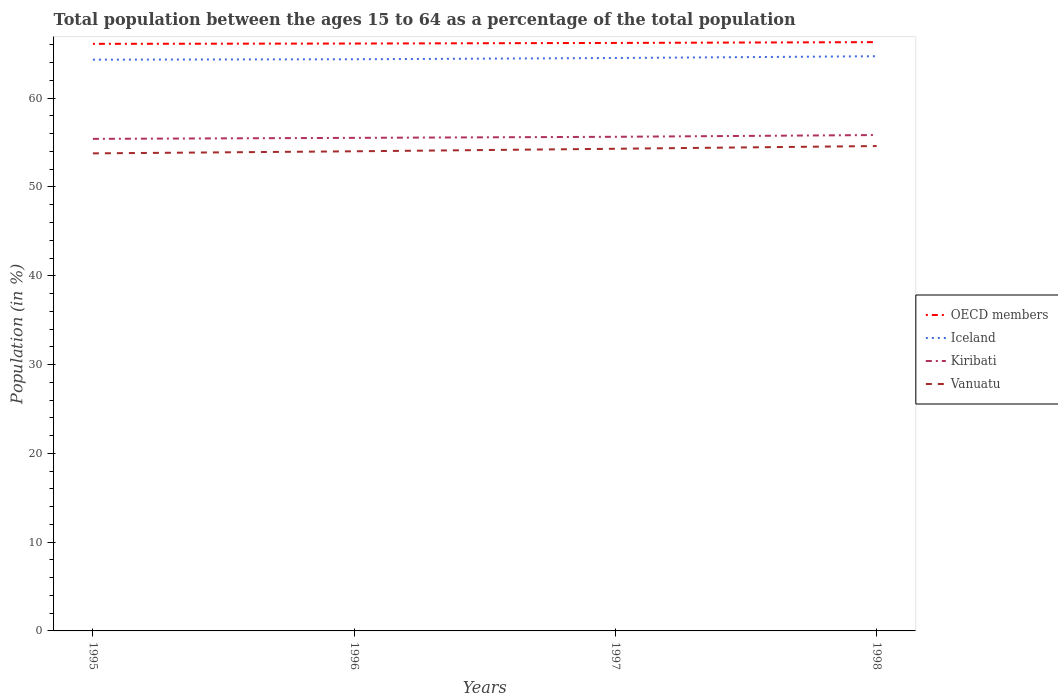
| Years | OECD members | Iceland | Kiribati | Vanuatu |
 | --- | --- | --- | --- | --- |
 | 1995 | 66.1 | 64.3 | 55.4 | 53.8 |
 | 1996 | 66.2 | 64.4 | 55.5 | 54 |
 | 1997 | 66.2 | 64.5 | 55.7 | 54.3 |
 | 1998 | 66.3 | 64.7 | 55.8 | 54.6 |